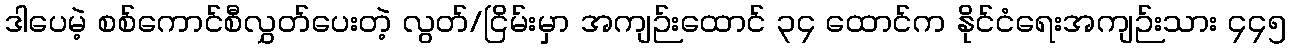
ဒါပေမဲ့ စစ်ကောင်စီလွှတ်ပေးတဲ့ လွတ်/ငြိမ်းမှာ အကျဉ်းထောင် ၃၄ ထောင်က နိုင်ငံရေးအကျဉ်းသား ၄၄၅